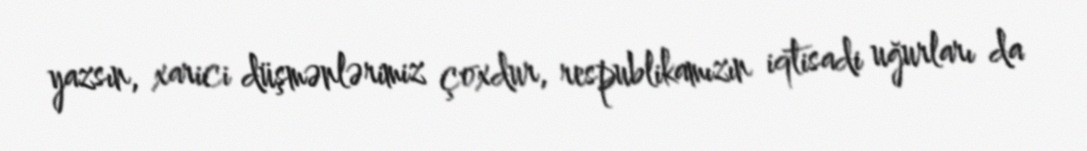
yazsın, xarici düşmənlərimiz çoxdur, respublikamızın iqtisadi uğurları da